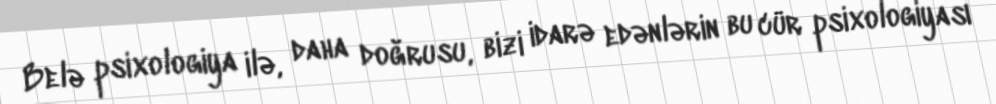
Belə psixologiya ilə, daha doğrusu, bizi idarə edənlərin bu cür psixologiyası